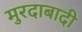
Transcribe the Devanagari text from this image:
मुरदाबादी